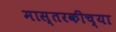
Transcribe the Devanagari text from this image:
मास्तरकीच्या